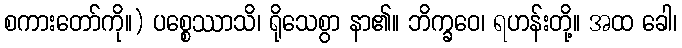
စကားတော်ကို။) ပစ္စေဿာသိ၊ ရိုသေစွာ နာ၏။ ဘိက္ခဝေ၊ ရဟန်းတို့။ အထ ခေါ၊